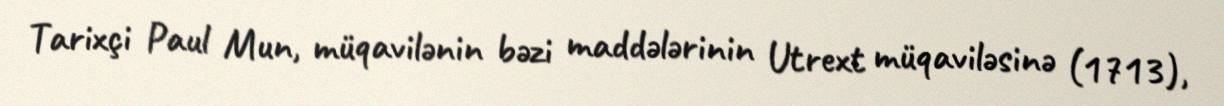
Tarixçi Paul Mun, müqavilənin bəzi maddələrinin Utrext müqaviləsinə (1713),